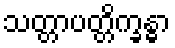
သတ္တာပတ္တိက္ခန္ဓာ